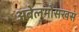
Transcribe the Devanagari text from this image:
अबेलमोसखस